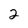
Character: 2